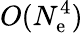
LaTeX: O(N_{\mathrm{e}}^{4})